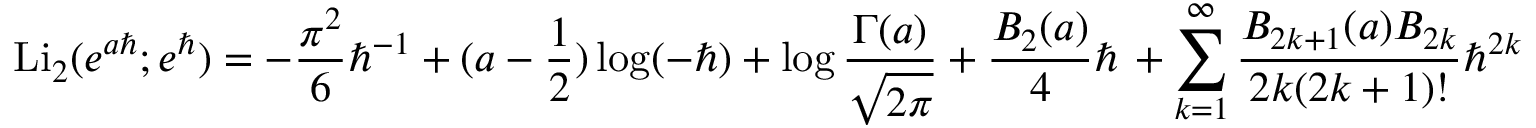
\mathrm { L i } _ { 2 } ( e ^ { a \hbar } ; e ^ { \hbar } ) = - \frac { \pi ^ { 2 } } { 6 } \hbar ^ { - 1 } + ( a - \frac { 1 } { 2 } ) \log ( - \hbar ) + \log \frac { \Gamma ( a ) } { \sqrt { 2 \pi } } + \frac { B _ { 2 } ( a ) } { 4 } \hbar \, + \sum _ { k = 1 } ^ { \infty } \frac { B _ { 2 k + 1 } ( a ) B _ { 2 k } } { 2 k ( 2 k + 1 ) ! } \hbar ^ { 2 k }